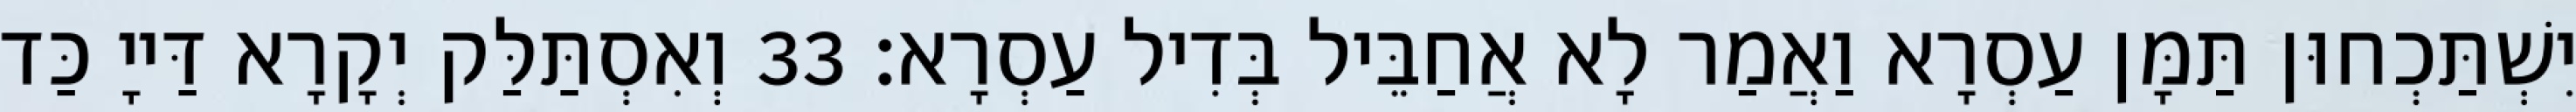
יִשְׁתַּכְחוּן תַּמָּן עַסְרָא וַאֲמַר לָא אֲחַבֵּיל בְּדִיל עַסְרָא׃ 33 וְאִסְתַּלַּק יְקָרָא דַּייָ כַּד